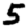
Digit: 5